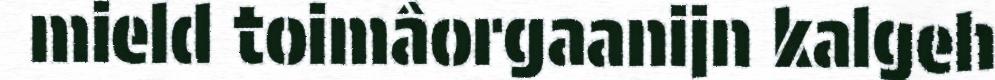
mield toimâorgaanijn kalgeh